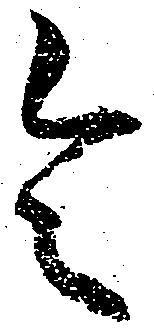
令